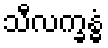
သီလက္ခန္ဓံ